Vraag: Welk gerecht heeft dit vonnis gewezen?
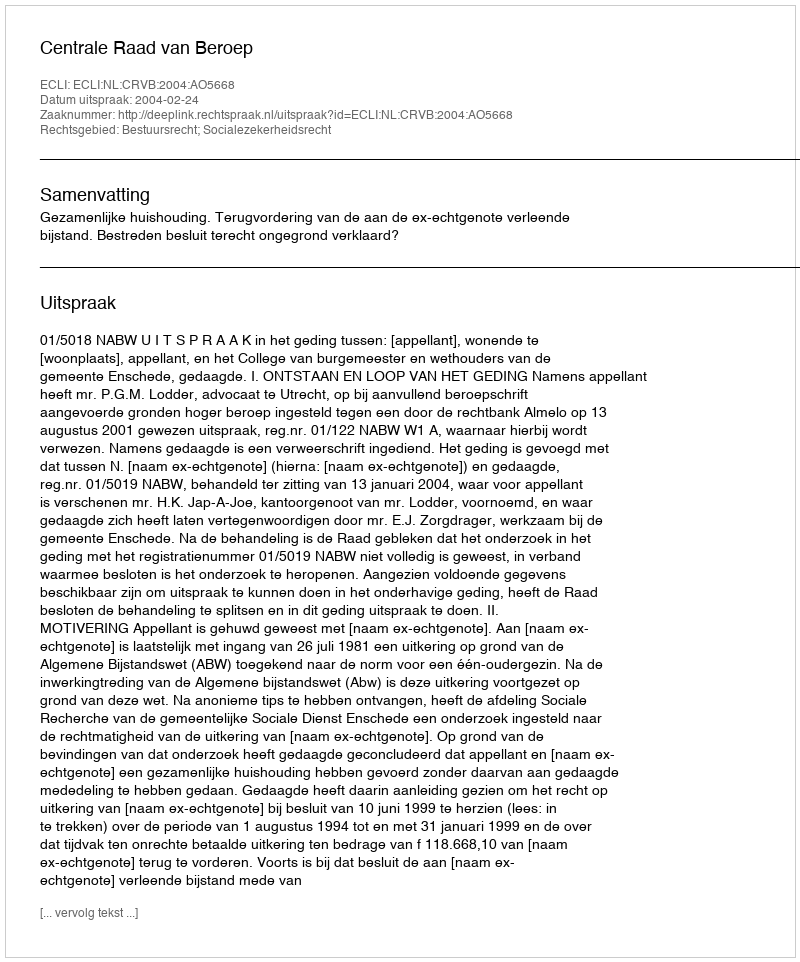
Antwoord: Centrale Raad van Beroep